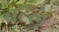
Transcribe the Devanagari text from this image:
वर्टले